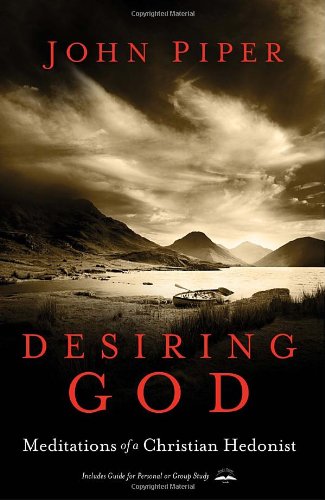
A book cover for Desiring God, Revised Edition: Meditations of a Christian Hedonist; John Piper; Christian Books & Bibles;